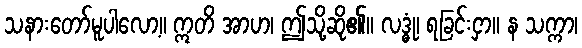
သနားတော်မူပါလော့။ ဣတိ အာဟ၊ ဤသို့ဆို၏။ လဒ္ဓုံ၊ ရခြင်းငှာ။ န သက္ကာ၊